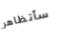
سأتظاهر